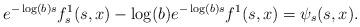
LaTeX: \begin{align*}e^{-\log(b)s}f_s^1(s,x)-\log(b)e^{-\log(b)s}f^1(s,x)=\psi_s(s,x).\end{align*}